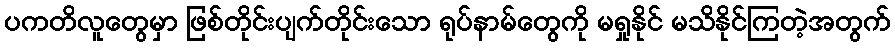
ပကတိလူတွေမှာ ဖြစ်တိုင်းပျက်တိုင်းသော ရုပ်နာမ်တွေကို မရှုနိုင် မသိနိုင်ကြတဲ့အတွက်